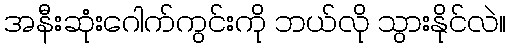
အနီးဆုံးဂေါက်ကွင်းကို ဘယ်လို သွားနိုင်လဲ။